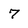
Character: 7